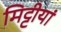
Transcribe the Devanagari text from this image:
मिट्टीयां